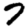
Digit: 7